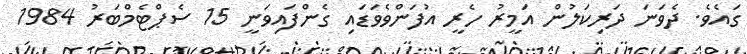
ގައެވެ. ދެވަނަ ދަރިކަލުން އަމީރު ހެރީ އުފަންވެވަޑައި ގެންފައިވަނީ 15 ސެޕްޓެމްބަރު 1984